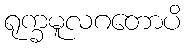
ရုက္ခမူလဂတောပိ